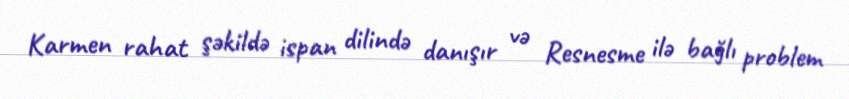
Karmen rahat şəkildə ispan dilində danışır və Resnesme ilə bağlı problem